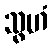
သွဟံ